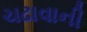
ચઢાવાની